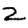
Digit: 2